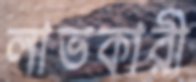
লাভকারী